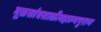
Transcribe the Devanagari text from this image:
मूळस्तंबसाळीमहात्म्यपुराण